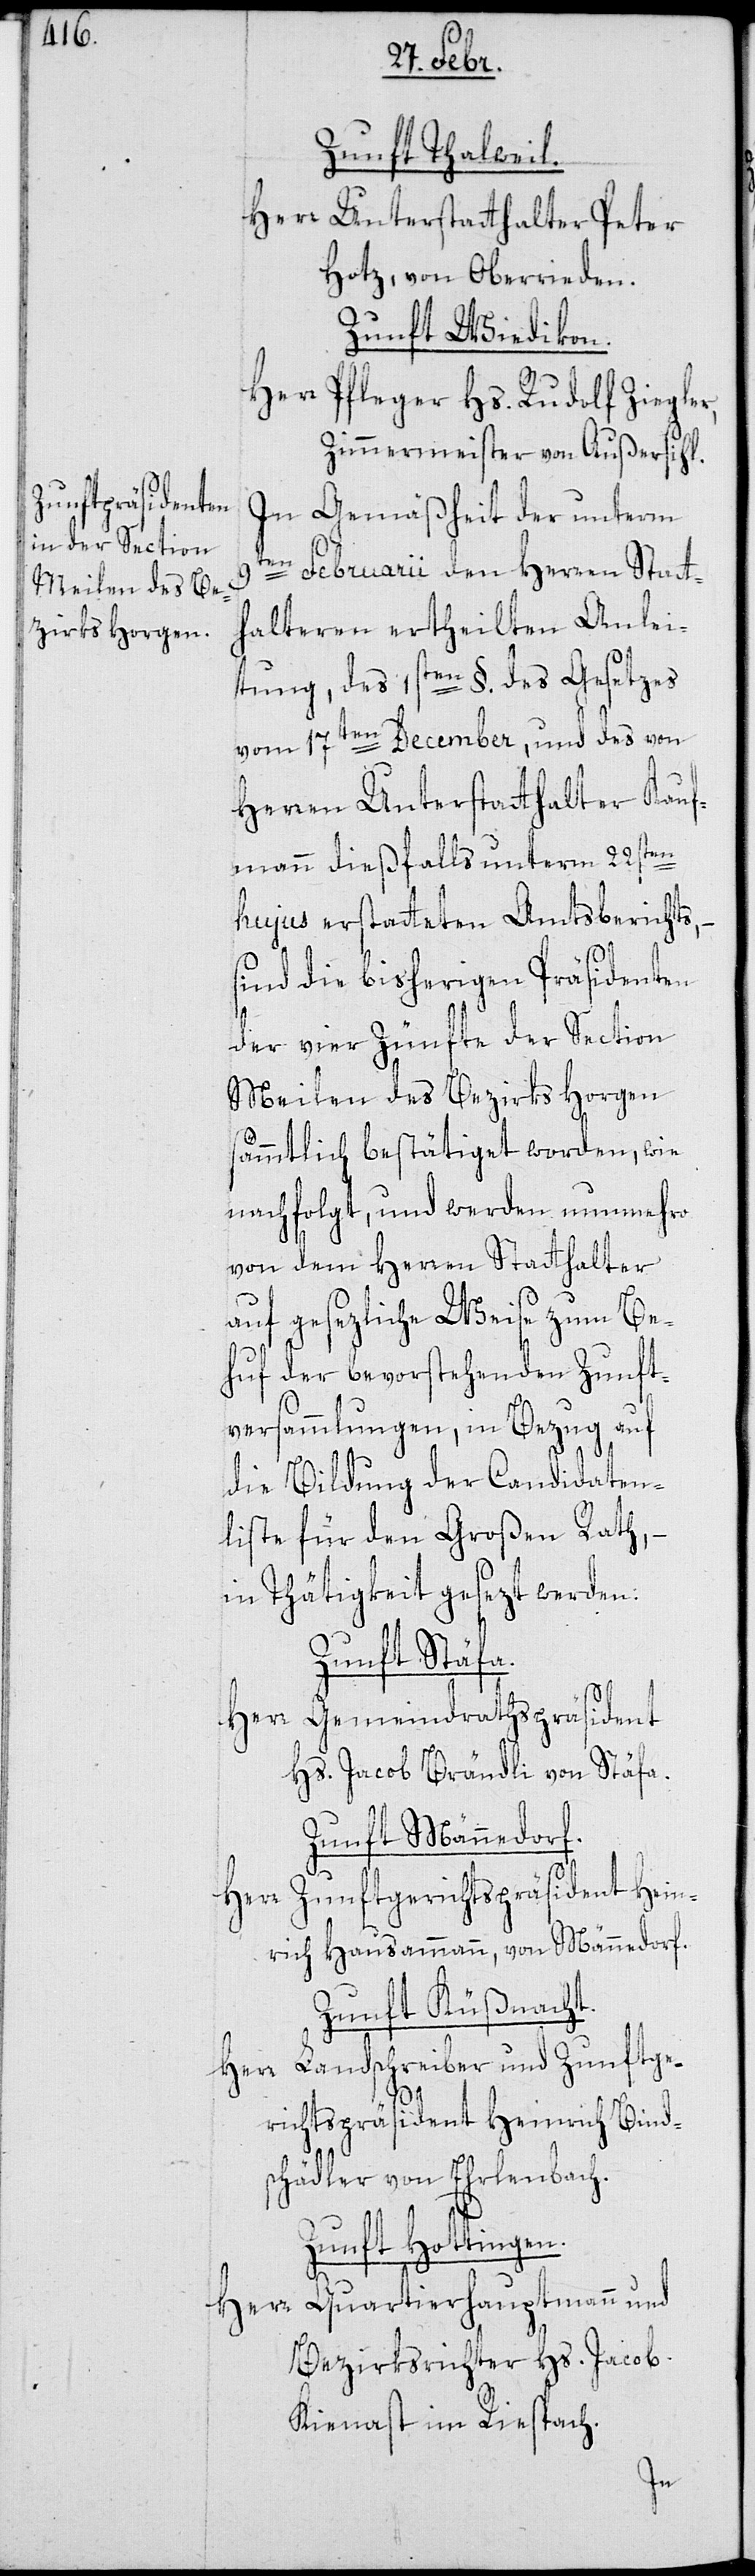
Zunft Thalweil.
Herr
Unterstatthalter Peter
Hotz, von Oberrieden.
Zunft Wiedikon,
Herr Pfleger Hs. Rudolf Ziegler,
Zimmermeister, von Außersihl.
In Gemäßheit der unterm
en Februarii den Herren Statt¬
halteren ertheilten Anlei¬
tung, des 1sten §. des Gesetzes
vom 17ten December, und des von
Herren Unterstatthalter Kauf¬
mann dießfalls unterm 22sten
hujus erstatteten Amtsberichts,
sind die bisherigen Präsidenten
der vier Zünfte der Section
Meilen des Bezirks Horgen
sämmtlich bestätiget worden, wie
nachfolgt, und werden nunmehro
von dem Herren Statthalter
auf gesetzliche Weise zum Be¬
huf der bevorstehenden Zunft¬
versammlungen, in Bezug auf
die Bildung der Candidaten¬
liste für den Großen Rath, –
in Thätigkeit gesezt werden:
Zunft Stäfa.
Herr Gemeindrathspräsident
Hs. Jacob Brändli von Stäfa.
Zunft Männedorf.
Herr Zunftgerichtspräsident Hein¬
rich Hausamann, von Männedorf.
Zunft Küßnacht.
Herr Landschreiber und Zunftge¬
richtspräsident Heinrich Bind¬
schädler von Erlenbach.
Zunft Hottingen.
Quartierhauptmann und
Herr
Bezirksrichter Hs. Jacob
Kienast, im Riespach.
9t¬